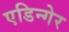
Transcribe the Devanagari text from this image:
एडिन्गेर